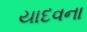
યાદવના